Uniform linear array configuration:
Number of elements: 24
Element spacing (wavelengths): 0.75
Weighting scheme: binomial
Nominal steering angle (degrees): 0
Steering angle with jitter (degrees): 0.7594
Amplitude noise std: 0.05
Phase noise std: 0.05

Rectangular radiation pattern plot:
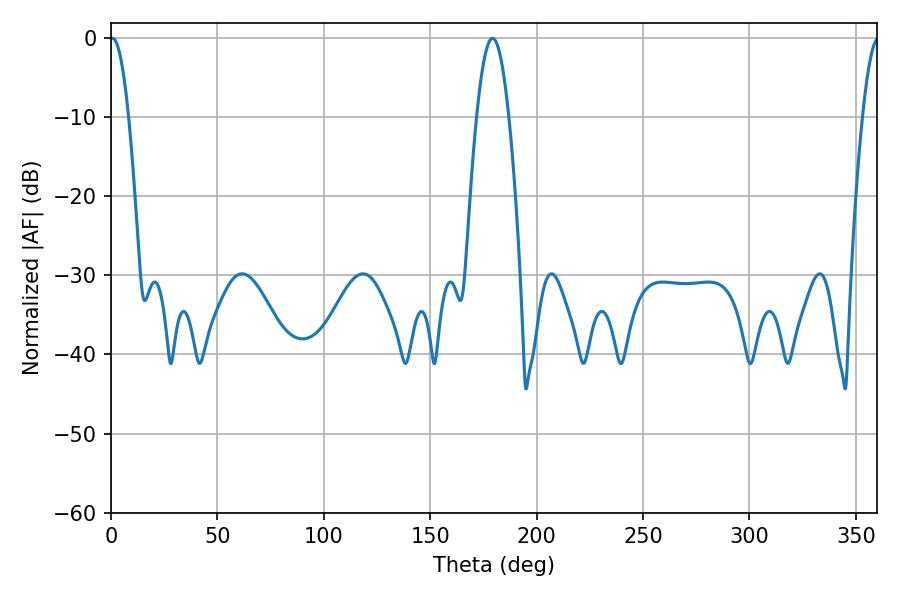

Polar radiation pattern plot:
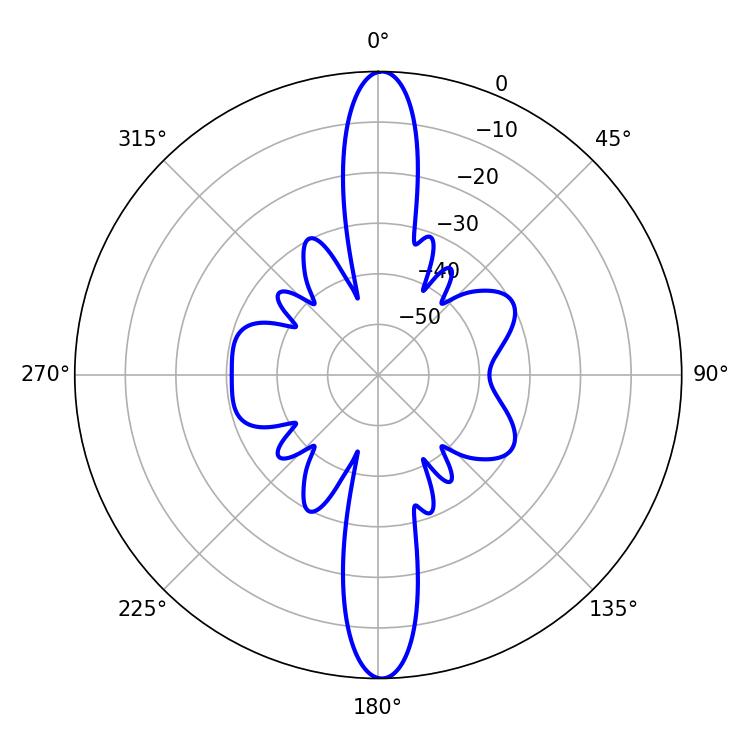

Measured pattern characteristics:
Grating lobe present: TRUE
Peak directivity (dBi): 27.374
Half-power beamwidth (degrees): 4.86
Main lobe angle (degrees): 0.72